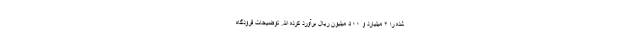
شده را ۲ میلیارد و ۵۰۰ میلیون ریال برآورد کرده ­اند. توضیحات فرودگاه